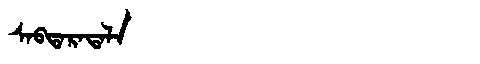
Manchu: ᠰᠠᠪᡨᠠᡵᠠᡨᠠᠯᠠ
Romanization: SABTARATALA